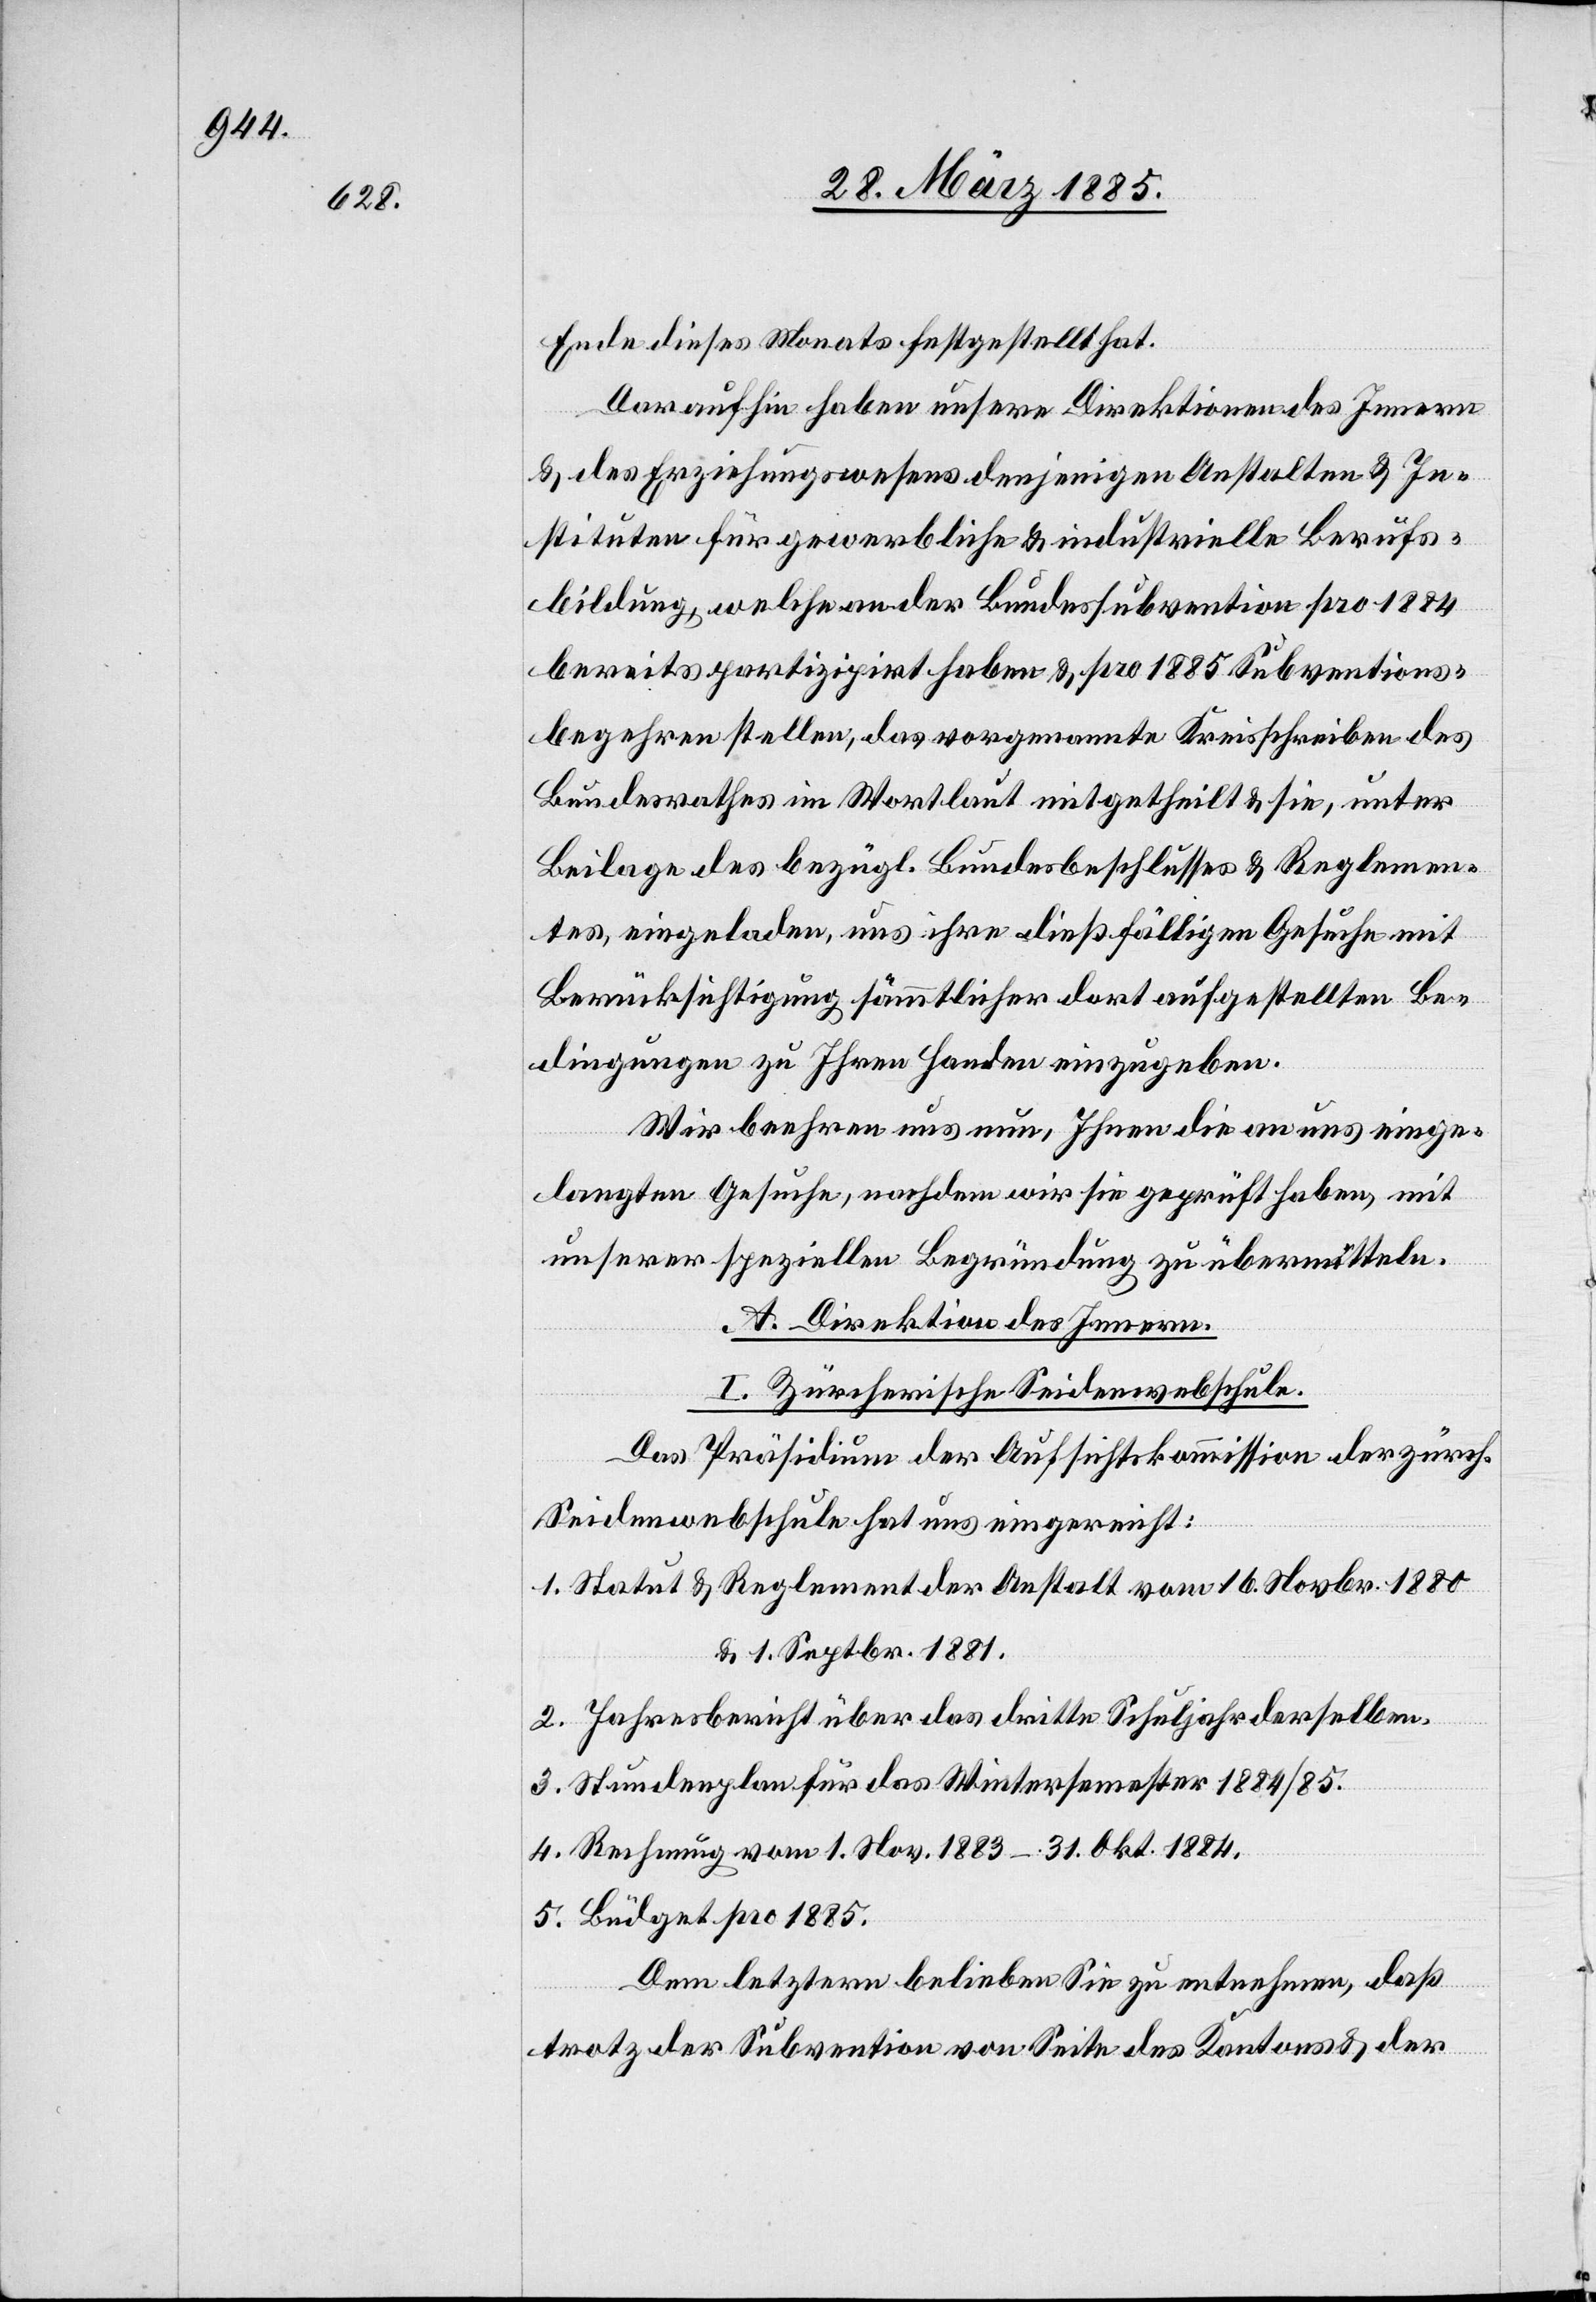
Ende dieses Monats festgestellt hat.
Daraufhin haben unsere Direktion des Innern
& des Erziehungswesens denjenigen Anstalten & In¬
stituten für gewerbliche & industrielle Berufs¬
bildung, welche an der Bundessubvention pro 1884
bereits partizipirt haben & pro 1885 Subventions¬
begehren stellen, das vorgenannte Kreisschreiben des
Bundesrathes im Wortlaut mit getheilt & sie, unter
Beilage des bezügl. Bundesbeschlusses & Reglemen¬
tes, eingeladen, uns ihre dießfälligen Gesuche mit
Berücksichtigung sämmtlicher dort aufgestellten Be¬
dingungen zu Ihren Handen einzugeben.
Wir beehren uns nun, Ihnen die an uns einge¬
langten Gesuche, nachdem wir sie geprüft haben, mit
unserer speziellen Begründung zu übermitteln.
A. Direktion des Innern.
I. Zürcherische Seidenwebschule.
Das Präsidium der Aufsichtskommission der zürch.
Seidenwebschule hat uns eingereicht:
1. Statut & Reglement der Anstalt vom 16. Novbr. 1880
& 1. Septbr. 1881.
2. Jahresbericht über das dritte Schuljahr derselben.
3. Stundenplan für das Wintersemester 1884/85.
4. Rechnung vom 1. Nov. 1883–31. Okt. 1884.
5. Büdget pro 1885.
Dem letztern belieben Sie zu entnehmen, daß
trotz der Subvention von Seite des Kantons & der